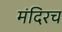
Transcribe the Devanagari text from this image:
मंदिरच